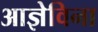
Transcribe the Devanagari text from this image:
आज्ञेविना